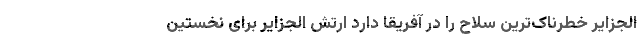
الجزایر خطرناک‌ترین سلاح را در آفریقا دارد ارتش الجزایر برای نخستین